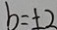
b = \pm 2